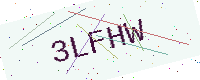
Text: 3LFHW